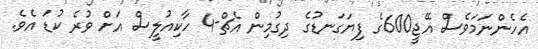
އެހެންނަމަވެސް އޭޖީ600ގެ ފިޔަގަނޑުގެ ދިގުމިން އެޗް-4 ހާކިއުލީސް އަށް ވުރެ ކުޑަ އެވެ.